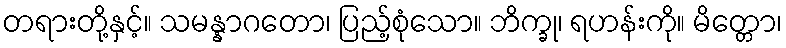
တရားတို့နှင့်။ သမန္နာဂတော၊ ပြည့်စုံသော။ ဘိက္ခု၊ ရဟန်းကို။ မိတ္တော၊